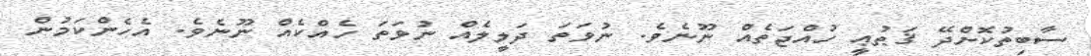
ސާބިތުކޮށްދޭ ޤަޠުޢީ ހުއްޖަތެއް ނޫނެވެ. ނުވަތަ ދަލީލެއް ނުވަތަ ހެއްކެއް ނޫނެވެ. އެހެންކަމުން